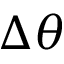
\Delta \theta